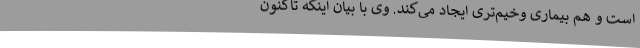
است و هم بیماری‌ وخیم‌تری‌ ایجاد می‌کند. وی با بیان اینکه تاکنون